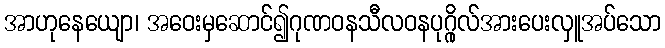
အာဟုနေယျော၊ အဝေးမှဆောင်၍ဂုဏဝနသီလဝနပုဂ္ဂိုလ်အားပေးလှူအပ်သော